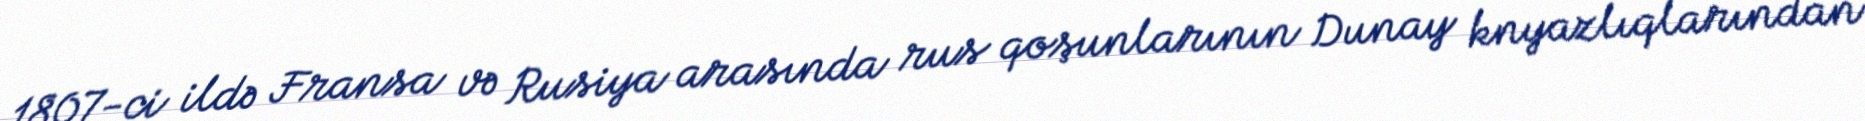
1807-ci ildə Fransa və Rusiya arasında rus qoşunlarının Dunay knyazlıqlarından